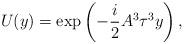
LaTeX: \begin{align*}U(y) = \exp \left(- \frac{i}{2} A^{3} \tau^{3} y\right),\end{align*}